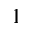
^ { 1 }